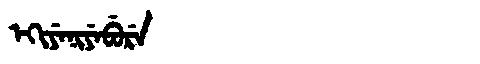
Manchu: ᡝᡴᡳᠶᡝᠨᡳᠶᡝᠪᡠᡵᡝ
Romanization: EKIYENIYEBURE